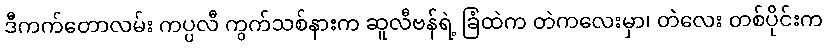
ဒီကက်တောလမ်း ကပ္ပလီ ကွက်သစ်နားက ဆူလီဗန်ရဲ့ ခြံထဲက တဲကလေးမှာ၊ တဲလေး တစ်ပိုင်းက